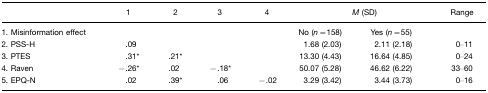
|  | 1 | 2 | 3 | 4 | <COLSPAN=2> M (SD) | Range |
 | --- | --- | --- | --- | --- | --- | --- | --- |
 | 1. Misinformation effect |  |  |  |  | No (n=158) | Yes (n=55) |  |
 | 2. PSS-H | .09 |  |  |  | 1.68 (2.03) | 2.11 (2.18) | 0–11 |
 | 3. PTES | .31* | .21* |  |  | 13.30 (4.43) | 16.64 (4.85) | 0–24 |
 | 4. Raven | −.26* | .02 | −.18* |  | 50.07 (5.28) | 46.62 (6.22) | 33–60 |
 | 5. EPQ-N | .02 | .39* | .06 | −.02 | 3.29 (3.42) | 3.44 (3.73) | 0–16 |